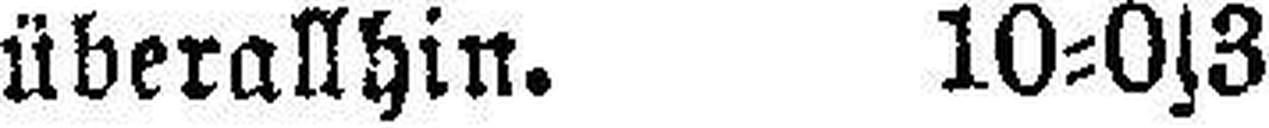
überallhin. 10=0s3